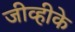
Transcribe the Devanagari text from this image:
जीव्हीके